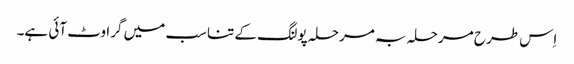
اِس طرح مرحلہ بہ مرحلہ پولنگ کے تناسب میں گراوٹ آئی ہے۔